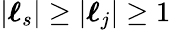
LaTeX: |{\boldsymbol{\ell}}_{s}|\geq|{\boldsymbol{\ell}}_{j}|\geq 1